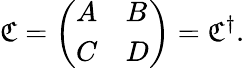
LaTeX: {\mathfrak{C}}={\left(\begin{array}{ll}{A}&{B}\\ {C}&{D}\end{array}\right)}={\mathfrak{C}}^{\dagger}.